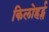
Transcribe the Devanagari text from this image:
किलोहर्ट्स